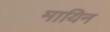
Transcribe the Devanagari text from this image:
मायिन